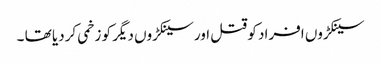
سینکڑوں افراد کو قتل اور سینکڑوں دیگر کو زخمی کردیا تھا ۔